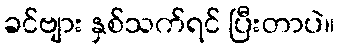
ခင်ဗျား နှစ်သက်ရင် ပြီးတာပဲ။